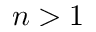
n > 1